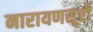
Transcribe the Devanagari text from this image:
नारायणसूरी